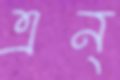
এন্